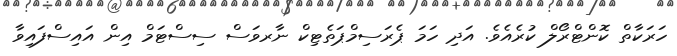
ހަރަކާތް ކޮންޓްރޯލް ކުރެއެވެ. އަދި ހަމަ ޕެރަސިމްޕަތެޓިކް ނާރވަސް ސިސްޓަމް އިން އައިސްފައިވާ